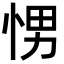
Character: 𭜽